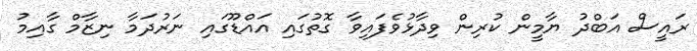
ރައީސް އަބްދު ޔާމީން ކުރިން ވިދާޅުވެފައިވާ ގޮތުގައި އައްޑޫގައި ނަރުދަމާ ނިޒާމް ގާއިމު